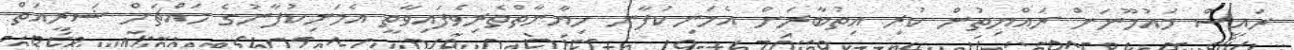
ރައީސް މައުމޫނަށް ރައްޔިތުން ކުރި އިތުބާރަށް އެމަނިކުފާނު ހިޔާނާތްތެރިވެފައިވާތީ އެމަނިކުފާނުގެ މައްޗަށް ޝަރީއަތް